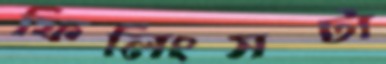
ফিলিংসটা